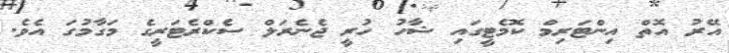
އޭރު އޮތް އިންޓަރިމް ކޮމެޓީގައި ޝާހު ހުރީ ޖެނެރަލް ސެކްރެޓަރީގެ މަގާމުގަ އެވެ.